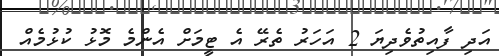
އަދި ފާއިތުވެދިޔަ 2 އަހަރު ތެރޭ އެ ޓީމަށް އެންމެ މޮޅު ކުޅުމެއް